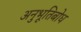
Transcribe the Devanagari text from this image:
अनुभूतिबोध